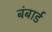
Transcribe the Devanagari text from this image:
बंबार्ड